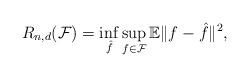
LaTeX: \begin{align*} R_{n,d}(\mathcal{F}) = \inf_{\hat{f}} \sup_{f\in \mathcal{F}} \mathbb{E}\|f-\hat{f}\|^2,\end{align*}